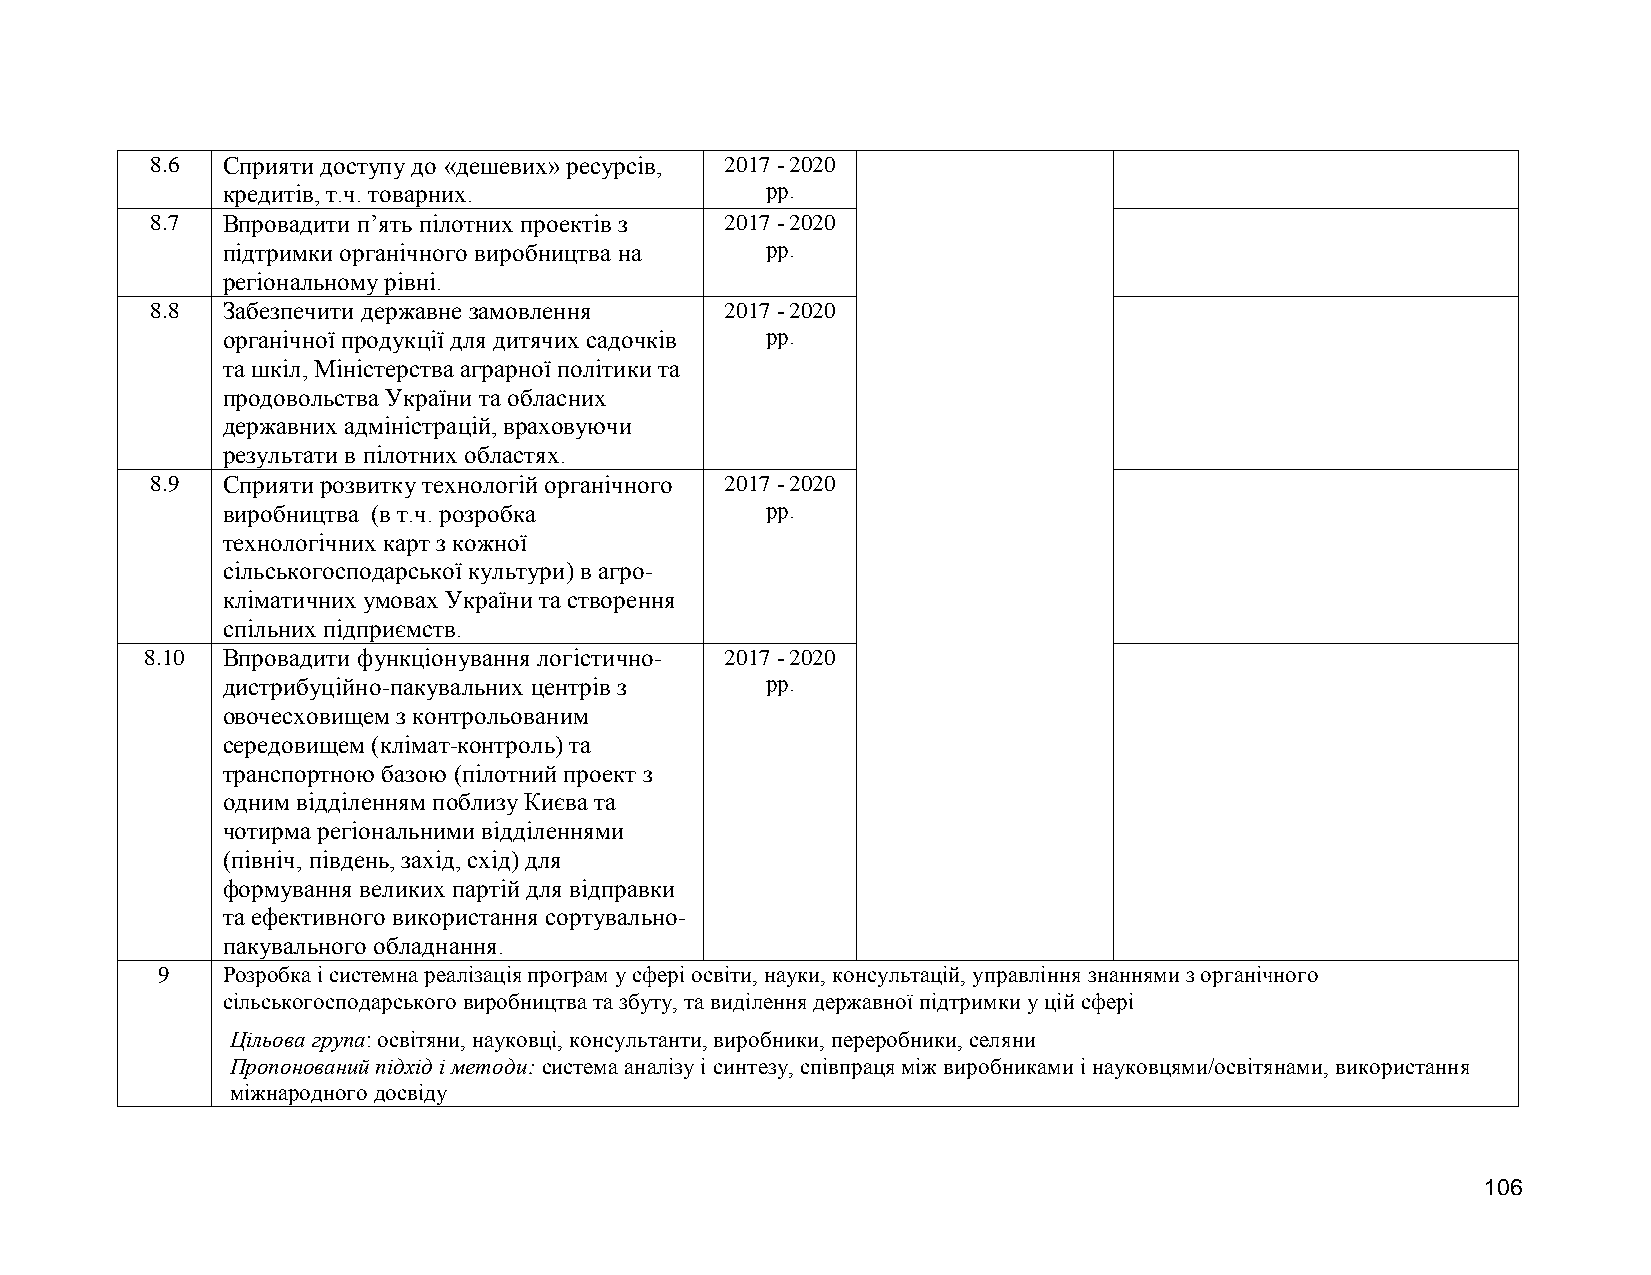
8.6  Сприяти доступу до «дешевих» ресурсів, 2017 - 2020
 кредитів, т.ч. товарних.            рр.
 8.7  Впровадити п’ять пілотних проектів з 2017 - 2020
 підтримки органічного виробництва на рр.
 регіональному рівні.
 8.8  Забезпечити державне замовлення  2017 - 2020
 органічної продукції для дитячих садочків рр.
 та шкіл, Міністерства аграрної політики та
 продовольства України та обласних
 державних адміністрацій, враховуючи
 результати в пілотних областях.
 8.9  Сприяти розвитку технологій органічного 2017 - 2020
 виробництва (в т.ч. розробка        рр.
 технологічних карт з кожної
 сільськогосподарської культури) в агро-
 кліматичних умовах України та створення
 спільних підприємств.
 8.10 Впровадити функціонування логістично- 2017 - 2020
 дистрибуційно-пакувальних центрів з рр.
 овочесховищем з контрольованим
 середовищем (клімат-контроль) та
 транспортною базою (пілотний проект з
 одним відділенням поблизу Києва та
 чотирма регіональними відділеннями
 (північ, південь, захід, схід) для
 формування великих партій для відправки
 та ефективного використання сортувально-
 пакувального обладнання.
 9    Розробка і системна реалізація програм у сфері освіти, науки, консультацій, управління знаннями з органічного
 сільськогосподарського виробництва та збуту, та виділення державної підтримки у цій сфері
 Цільова група: освітяни, науковці, консультанти, виробники, переробники, селяни
 Пропонований підхід і методи: система аналізу і синтезу, співпраця між виробниками і науковцями/освітянами, використання
 міжнародного досвіду
 106